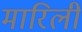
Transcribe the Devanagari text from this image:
मारिली